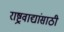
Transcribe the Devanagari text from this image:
राष्ट्रवाद्यांसाठी